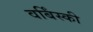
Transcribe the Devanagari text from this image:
वर्बिंस्की